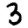
Digit: 3